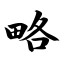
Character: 略